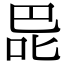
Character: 巼